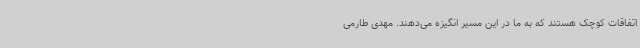
اتفاقات کوچک هستند که به ما در این مسیر انگیزه می‌دهند. مهدی طارمی